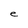
Character: e